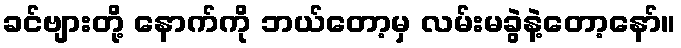
ခင်ဗျားတို့ နောက်ကို ဘယ်တော့မှ လမ်းမခွဲနဲ့တော့နော်။